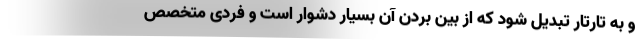
و به تارتار تبدیل شود که از بین بردن آن بسیار دشوار است و فردی متخصص